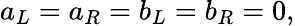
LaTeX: a_{L}=a_{R}=b_{L}=b_{R}=0,